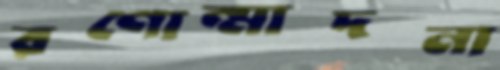
রণোন্মাদনা